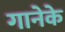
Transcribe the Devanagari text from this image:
गानेके